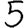
Digit: 5